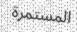
المستمرة